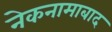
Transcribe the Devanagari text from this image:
नेकनामाबाद